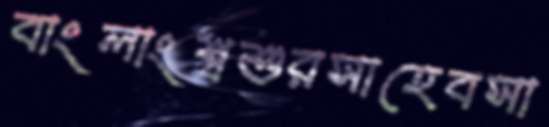
বাংলাংশ্বশুরসাহেবসা